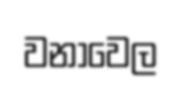
වනාවෙල